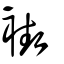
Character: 褹